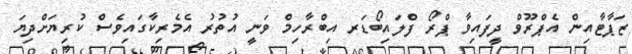
ޒަޕާޓާއިން އެޕްރޫވް ދީފައިވާ ޕްރޯ ފްލައިބޯޑަރ އިބްރާހިމް ވަނީ އުތުރު އެމެރިކާގައިވެސް ކުރިޔަށްދިޔަ